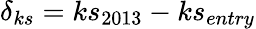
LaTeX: \delta_{ks}=ks_{2013}-ks_{entry}